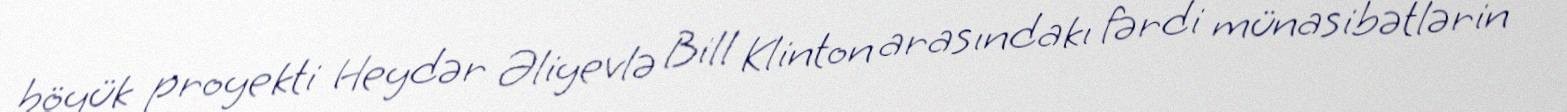
böyük proyekti Heydər Əliyevlə Bill Klinton arasındakı fərdi münasibətlərin